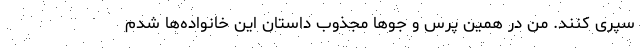
سپری کنند. من در همین پرس و جو‌ها مجذوب داستان این خانواده‌ها شدم